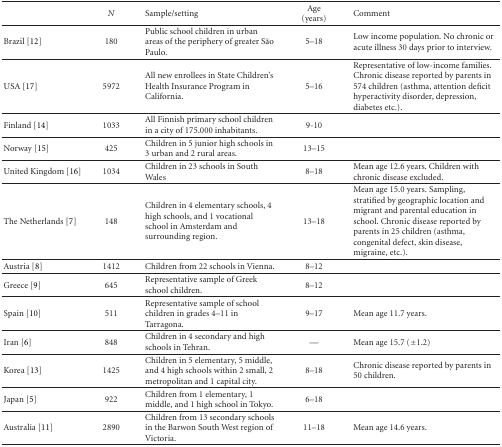
|  | N | Sample/setting | Age (years) | Comment |
 | --- | --- | --- | --- | --- |
 | Brazil [12] | 180 | Public school children in urban areas of the periphery of greater São Paulo. | 5–18 | Low income population. No chronic or acute illness 30 days prior to interview. |
 | USA [17] | 5972 | All new enrollees in State Children's Health Insurance Program in California. | 5–16 | Representative of low-income families. Chronic disease reported by parents in 574 children (asthma, attention deficit hyperactivity disorder, depression, diabetes etc.). |
 | Finland [14] | 1033 | All Finnish primary school children in a city of 175.000 inhabitants. | 9-10 |  |
 | Norway [15] | 425 | Children in 5 junior high schools in 3 urban and 2 rural areas. | 13–15 |  |
 | United Kingdom [16] | 1034 | Children in 23 schools in South Wales | 8–18 | Mean age 12.6 years. Children with chronic disease excluded. |
 | The Netherlands [7] | 148 | Children in 4 elementary schools, 4 high schools, and 1 vocational school in Amsterdam and surrounding region. | 13–18 | Mean age 15.0 years. Sampling, stratified by geographic location and migrant and parental education in school. Chronic disease reported by parents in 25 children (asthma, congenital defect, skin disease, migraine, etc.). |
 | Austria [8] | 1412 | Children from 22 schools in Vienna. | 8–12 |  |
 | Greece [9] | 645 | Representative sample of Greek school children. | 8–12 |  |
 | Spain [10] | 511 | Representative sample of school children in grades 4–11 in Tarragona. | 9–17 | Mean age 11.7 years. |
 | Iran [6] | 848 | Children in 4 secondary and high schools in Tehran. | — | Mean age 15.7 (±1.2) |
 | Korea [13] | 1425 | Children in 5 elementary, 5 middle, and 4 high schools within 2 small, 2 metropolitan and 1 capital city. | 8–18 | Chronic disease reported by parents in 50 children. |
 | Japan [5] | 922 | Children from 1 elementary, 1 middle, and 1 high school in Tokyo. | 6–18 |  |
 | Australia [11] | 2890 | Children from 13 secondary schools in the Barwon South West region of Victoria. | 11–18 | Mean age 14.6 years. |